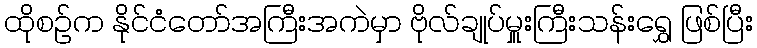
ထိုစဉ်က နိုင်ငံတော်အကြီးအကဲမှာ ဗိုလ်ချုပ်မှူးကြီးသန်းရွှေ ဖြစ်ပြီး